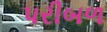
પરીબળ